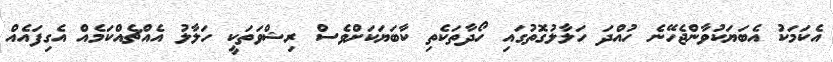
އެކަމަކު އެބަޔަކުވާންޖެހޭނެ ހުއްދަ ހަލާލުގޮތުގައި ހޯދާތަކެތި ކާބަޔަކަށްވެސް ރިޝްވަތަކީ ހަލާލު އެއްޗެއްކަމެއް އެގިފައެއް